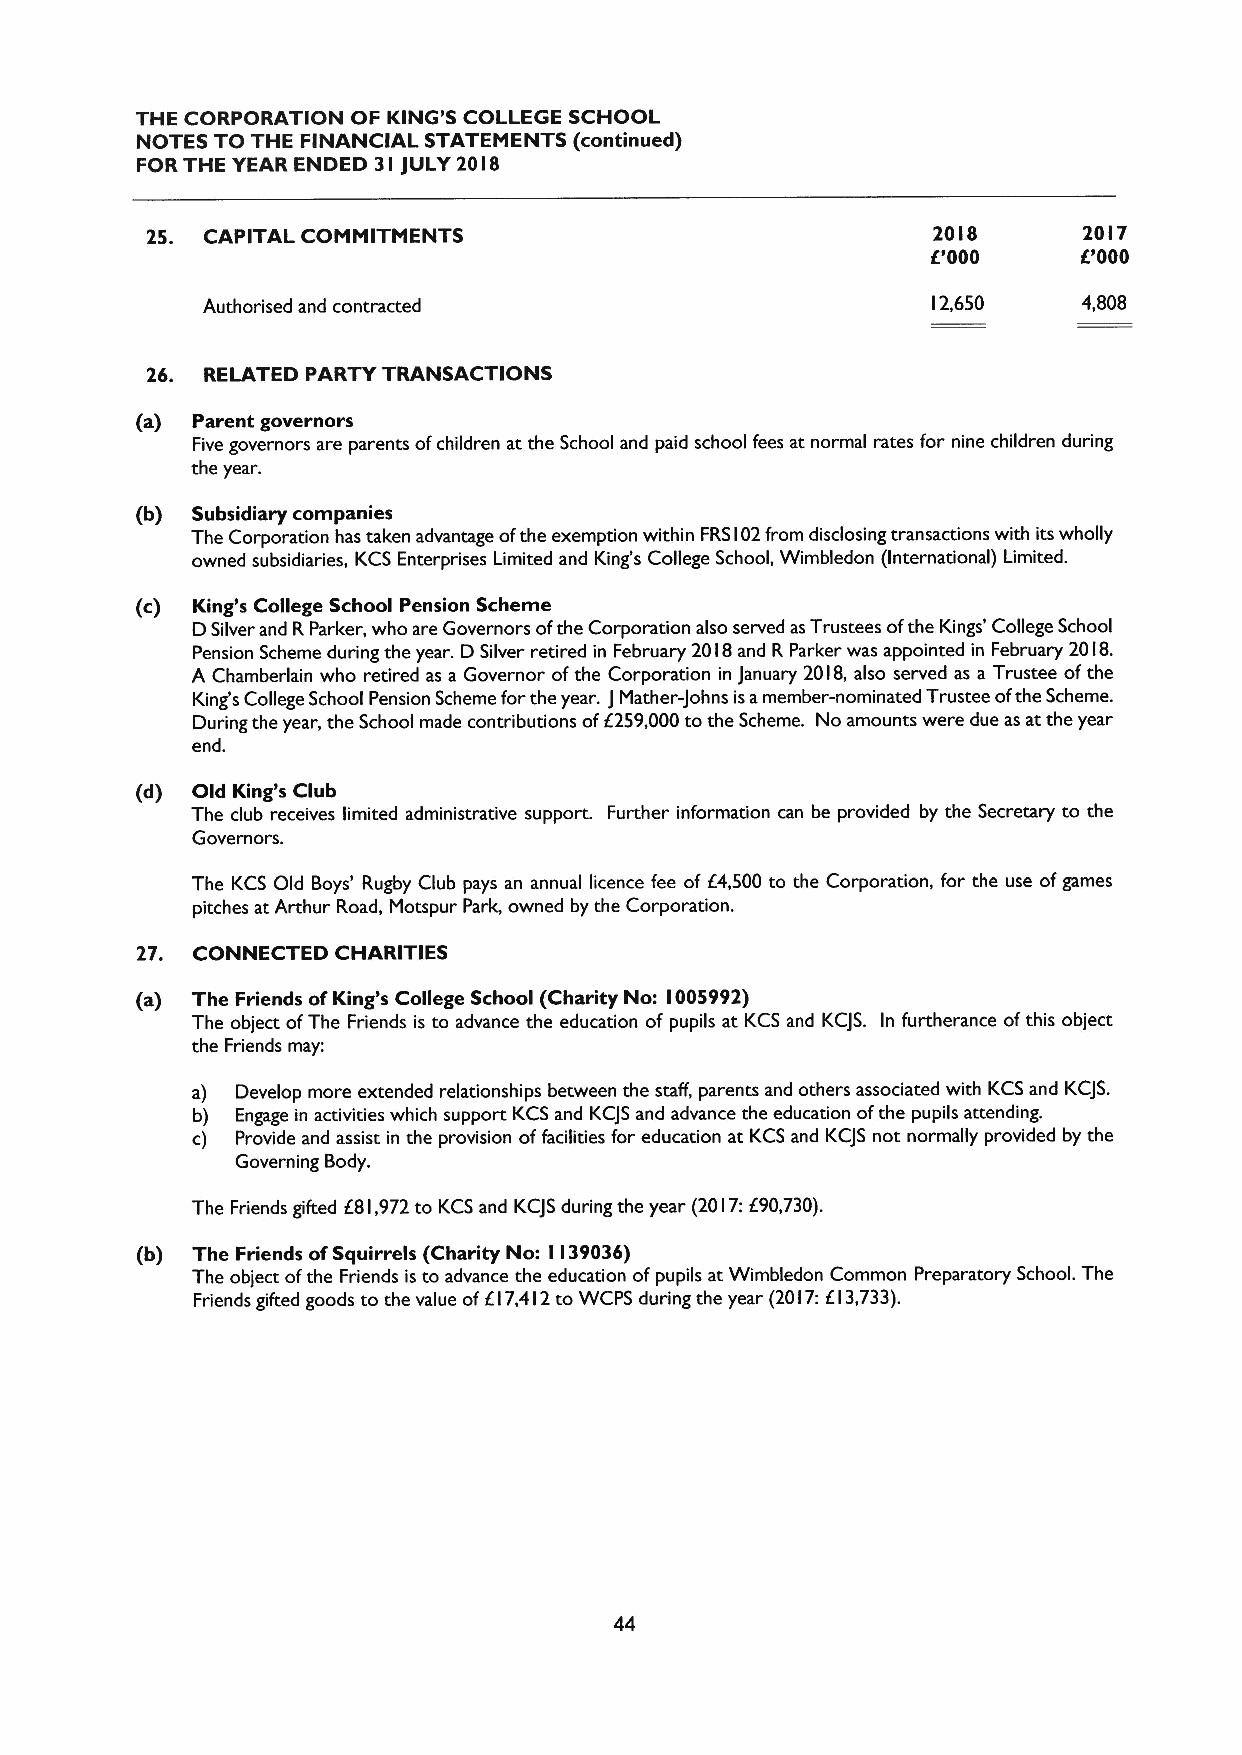
THE CORPORATION OF KING'S COLLEGE SCHOOL
 NOTES TO THE FINANCIAL STATEMENTS (continued)
 FOR THE YEAR ENDED 3I jULY 20I8
 25. CAPITAL COMMITMENTS                             2018      20I7
 000       000
 Authorised and contracted                        I2,650    4,808
 26. RELATED PARTY TRANSACTIONS
 (a) Parent governors
 Five governors are parents ofchildren at the School and paid school fees at normal rates for nine children during
 the year.
 (b) Subsidiary companies
 The Corporation has taken advantage ofthe exemption within FRSI02from disclosing transactions with its wholly
 owned subsidiaries, KCS Enterprises Limited and King's College School, Wimbledon (International) Limited.
 (c) King's College School Pension Scheme
 DSilver and RParker, who are Governors ofthe Corporation also served asTrustees ofthe Kings' College School
 Pension Scheme during the year. D Silver retired in February 20 I8and R Parker was appointed in February 20I8.
 A Chamberlain who retired as a Governor ofthe Corporation in January 2018,also served as a Trustee ofthe
 King's College School Pension Scheme forthe year. JMather-Johns isamember-nominated Trustee ofthe Scheme.
 During the year, the School made contributions of6259,000to the Scheme. No amounts were due as at the year
 end.
 (d) Old King's Club
 The club receives limited administrative support. Further information can be provided by the Secretary to the
 Governors.
 The KCS Old Boys' Rugby Club pays an annual licence fee of 64,500 to the Corporation, for the use ofgames
 pitches at Arthur Road, Motspur Park, owned by the Corporation.
 27. CONNECTED CHARITIES
 (a) The Friends ofKing's College School (Charity No: I005992)
 The object ofThe Friends is to advance the education of pupils at KCS and KCJS. In furtherance ofthis object
 the Friends may:
 a) Develop more extended relationships between the staff, parents and others associated with KCSand KCJS.
 b) Engage in activities which support KCSand KCJSand advance the education ofthe pupils attending.
 c) Provide and assist in the provision offacilities for education at KCS and KCJS not normally provided by the
 Governing Body.
 The Friends gifted F8I,972to KCSand KCJSduring the year (20 I7:f90,730).
 (b) The Friends ofSquirrels (Charity No: I I39036)
 The object ofthe Friends is to advance the education ofpupils at Wimbledon Common Preparatory School. The
 Friends gifted goods to the value off I7,4 I2to WCPS during the year (20 I7:Kl3,733).
 44